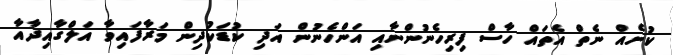
ކުށެއް ނެތް އެތައް ހާސް ފިރިހެނުންނާއި އަންހެނުން އަދި ކުޑަކުދިން މަރާފައިވާ އަލްގާއިދާއާ